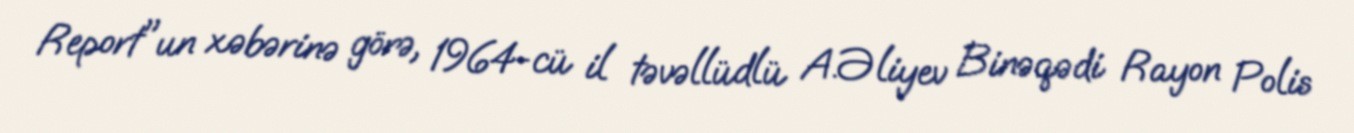
Report"un xəbərinə görə, 1964-cü il təvəllüdlü A.Əliyev Binəqədi Rayon Polis